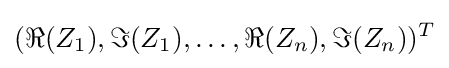
(\Re {(Z_{1})},\Im {(Z_{1})},\ldots ,\Re {(Z_{n})},\Im {(Z_{n})})^{T}